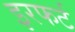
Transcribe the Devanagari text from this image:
इरफर्ट